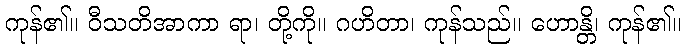
ကုန်၏။ ဝီသတိအာကာ ရာ၊ တို့ကို။ ဂဟိတာ၊ ကုန်သည်။ ဟောန္တိ၊ ကုန်၏။